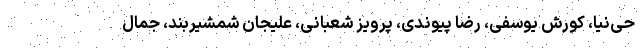
حی‌نیا، کورش یوسفی، رضا پیوندی، پرویز شعبانی، علیجان شمشیربند، جمال